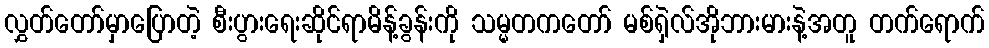
လွှတ်တော်မှာပြောတဲ့ စီးပွားရေးဆိုင်ရာမိန့်ခွန်းကို သမ္မတကတော် မစ်ရှဲလ်အိုဘားမားနဲ့အတူ တက်ရောက်